Civil Veterinary Department. United Provinces 1923-31 - 1923-1931
Year: 1923
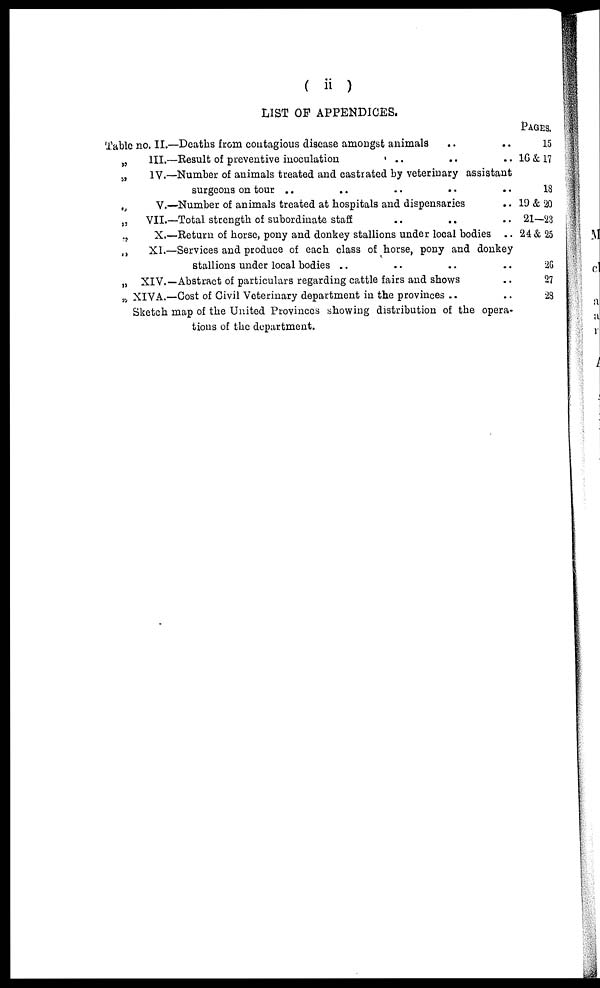
( ii )
LIST OF APPENDICES.
Table no. II.—Deaths from contagious disease amongst animals
.. ..
„
„
„
„
„
„
„
„
III.—Result of preventive inoculation
..
.. ..
IV.—Number of animals treated and castrated by veterinary assistant
surgeons on tour .. .. .. .. ..
V.—Number of animals treated at hospitals and dispensaries ..
VII.—Total strength of subordinate staff .. .. ..
X.—Return of horse, pony and donkey stallions under local bodies ..
XI.—Services and produce of each class of horse, pony and donkey
stallions under local bodies .. .. .. ..
XIV.—Abstract of particulars regarding cattle fairs and shows ..
XIVA.—Cost of Civil Veterinary department in the provinces .. ..
Sketch map of the United Provinces showing distribution of the opera-
tions of the department.
PAGES.
15
16 & 17
18
19 & 20
21-23
24 & 25
26
27
28